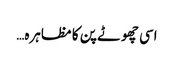
اسی چھوٹے پن کا مظاہرہ…